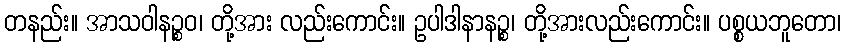
တနည်း။ အာသဝါနဉ္စဝ၊ တို့အား လည်းကောင်း။ ဥပါဒါနာနဉ္စ၊ တို့အားလည်းကောင်း။ ပစ္စယဘူတော၊